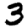
Digit: 3